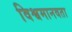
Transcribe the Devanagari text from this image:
विश्वमानवता